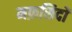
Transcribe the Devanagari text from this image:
मफ़सिदों